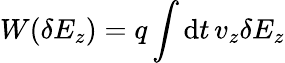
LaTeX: W(\delta E_{z})=q\int\mathrm{d}t\, v_{z}\delta E_{z}